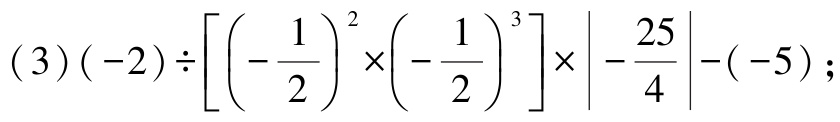
\((3)(-2)\div\left[\left(-\frac{1}{2}\right)^{2}\times\left(-\frac{1}{2}\right)^{3}\right]\times\left|-\frac{25}{4}\right|-(-5)\)